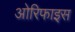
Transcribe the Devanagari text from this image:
ओरिफाइस